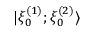
| \xi _ { 0 } ^ { ( 1 ) } ; \xi _ { 0 } ^ { ( 2 ) } \rangle